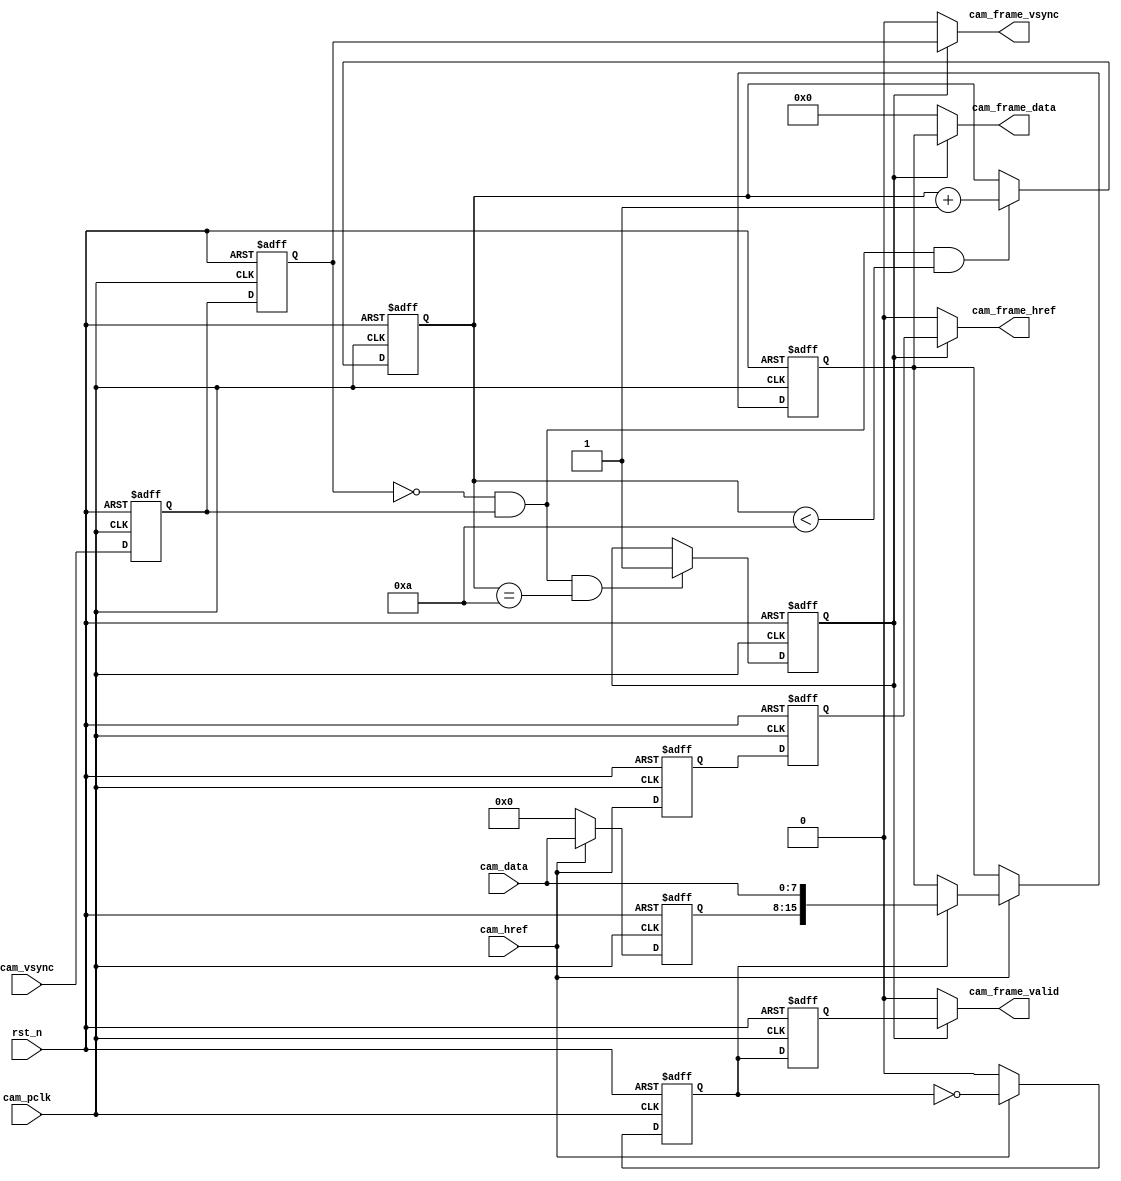

module cam_data_converter(
    input   wire            rst_n           ,  // 
    //
    input   wire            cam_pclk        ,  // 
    input   wire            cam_vsync       ,  // 
    input   wire            cam_href        ,  // 
    input   wire    [ 7:0]  cam_data        ,  // 
    //
    output  wire            cam_frame_vsync ,  // 
    output  wire            cam_frame_href  ,  // 
    output  wire            cam_frame_valid ,  // 
    output  wire    [15:0]  cam_frame_data     //  
);
/*************************parameter**************************/
parameter WAIT_FRAME = 4'd10; //  

/****************************reg*****************************/
reg             r0_cam_vsync    ;
reg             r1_cam_vsync    ;
reg             r0_cam_href     ;
reg             r1_cam_href     ;

reg     [ 3:0]  cam_cnt         ; // 
reg             frame_val_flag  ; // 

reg     [ 7:0]  r0_cam_data     ;
reg     [15:0]  r_cam_data_temp ; // 816
reg             byte_flag       ;
reg             r0_byte_flag    ;

/****************************wire****************************/
wire            pos_vsync       ; // 

/********************combinational logic*********************/
assign pos_vsync = (~r1_cam_vsync) & r0_cam_vsync;

//
assign cam_frame_vsync = frame_val_flag ? r1_cam_vsync    : 1'b0; 
//
assign cam_frame_href  = frame_val_flag ? r1_cam_href     : 1'b0; 
//
assign cam_frame_valid = frame_val_flag ? r0_byte_flag    : 1'b0; 
//
assign cam_frame_data  = frame_val_flag ? r_cam_data_temp : 1'b0; 

/**************************process***************************/
always@(posedge cam_pclk or negedge rst_n)
begin
    if(!rst_n)
        begin
            r0_cam_vsync <= 1'b0;
            r1_cam_vsync <= 1'b0;
            r0_cam_href  <= 1'b0;
            r1_cam_href  <= 1'b0;
        end
    else
        begin
            r0_cam_vsync <= cam_vsync   ;
            r1_cam_vsync <= r0_cam_vsync;
            r0_cam_href  <= cam_href    ;
            r1_cam_href  <= r0_cam_href ;
        end
end

//
always @(posedge cam_pclk or negedge rst_n)
begin
    if(!rst_n)
        cam_cnt <= 4'd0;
    else if(pos_vsync && (cam_cnt < WAIT_FRAME))
        cam_cnt <= cam_cnt + 4'd1;
    else
        cam_cnt <= cam_cnt;
end

//
always @(posedge cam_pclk or negedge rst_n)
begin
    if(!rst_n)
        frame_val_flag <= 1'b0;
    else if(pos_vsync && (cam_cnt == WAIT_FRAME))
        frame_val_flag <= 1'b1;
    else
        frame_val_flag <= frame_val_flag;
end

//816RGB565        
always @(posedge cam_pclk or negedge rst_n)
begin
    if(!rst_n) begin
        r_cam_data_temp <= 16'd0;
        r0_cam_data     <= 8'd0;
        byte_flag       <= 1'b0;
    end
    else if(cam_href) begin
        byte_flag   <= ~byte_flag;
        r0_cam_data <= cam_data;
        if(byte_flag)
            r_cam_data_temp <= {r0_cam_data,cam_data};
        else
            r_cam_data_temp <= r_cam_data_temp;
    end
    else begin
        byte_flag   <= 1'b0;
        r0_cam_data <= 8'd0;
    end
end

//(cam_frame_valid)
always @(posedge cam_pclk or negedge rst_n)
begin
    if(!rst_n)
        r0_byte_flag <= 1'b0;
    else
        r0_byte_flag <= byte_flag;
end

endmodule